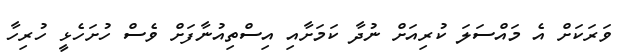
ވަރަކަށް އެ މައްސަލަ ކުރިއަށް ނުދާ ކަމަށާއި އިސްތިއުނާފަށް ވެސް ހުށަހެޅީ ހުރިހާ